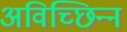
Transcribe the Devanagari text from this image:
अविच्छिन्‍न